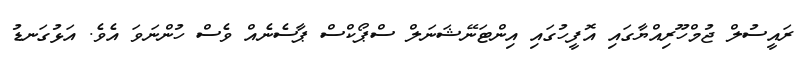
ރައީސުލް ޖުމްހޫރިއްޔާގައި އޮފީހުގައި އިންޓަނޭޝަނަލް ސްޕޯކްސް ޕާސެނެއް ވެސް ހުންނަވަ އެވެ. އަޅުގަނޑު